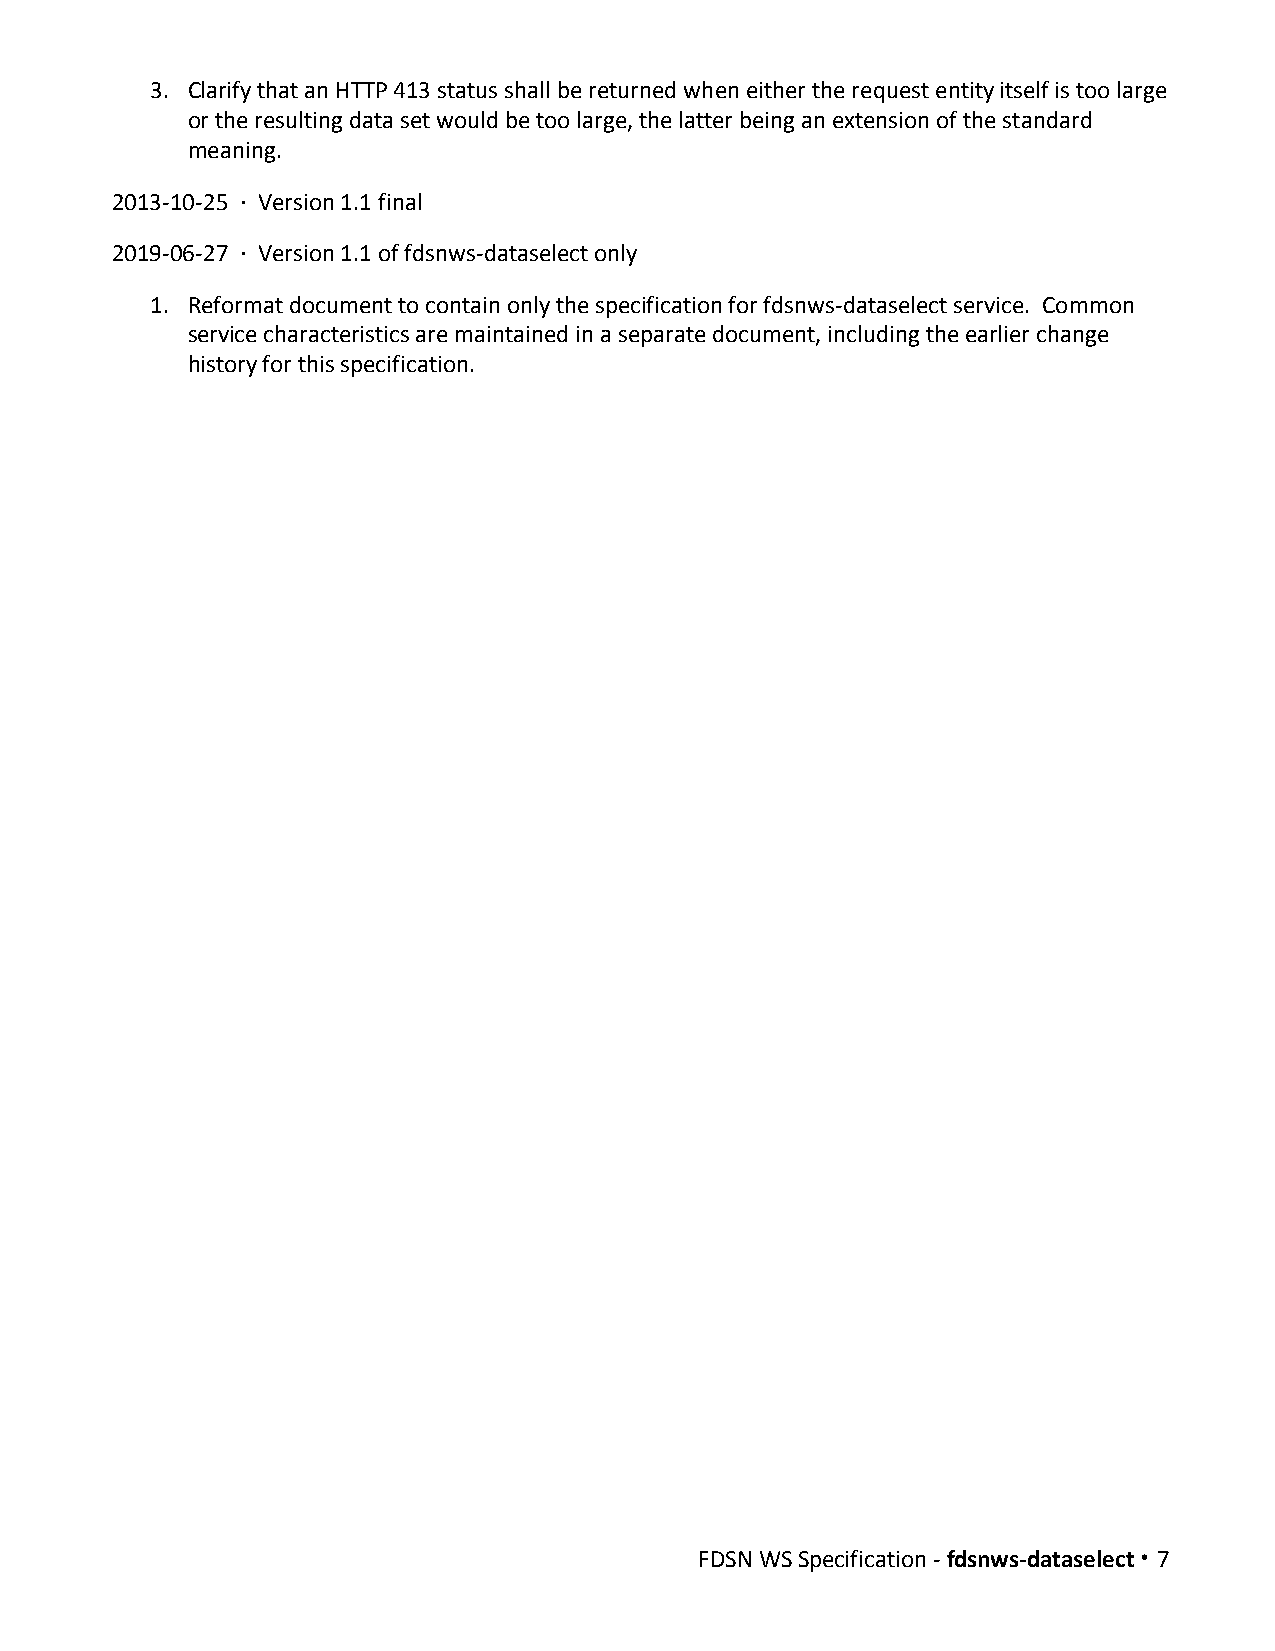
3. Clarify that an HTTP 413 status shall be returned when either the request entity itself is too large
 or the resulting data set would be too large, the latter being an extension of the standard
 meaning.
 2013-10-25 · Version 1.1 final
 ​ ​
 2019-06-27 · Version 1.1 of fdsnws-dataselect only
 ​ ​
 1. Reformat document to contain only the specification for fdsnws-dataselect service. Common
 service characteristics are maintained in a separate document, including the earlier change
 history for this specification.
 FDSN WS Specification - fdsnws-dataselect · 7
 ​           ​​